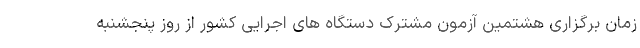
زمان برگزاری هشتمین آزمون مشترک دستگاه های اجرایی کشور از روز پنجشنبه